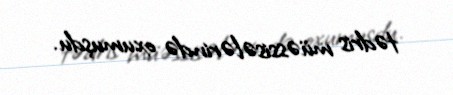
tədris müəssisələrində oxumuşdu.